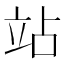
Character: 站